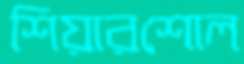
শিয়ারশোল